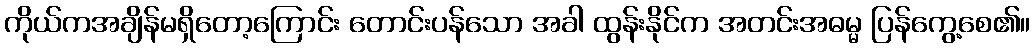
ကိုယ်ကအချိန်မရှိတော့ကြောင်း တောင်းပန်သော အခါ ထွန်းနိုင်က အတင်းအဓမ္မ ပြန်ကွေ့စေ၏။